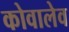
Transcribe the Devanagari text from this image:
कोवालेव